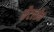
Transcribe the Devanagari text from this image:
मैटलॉक